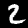
Digit: 2